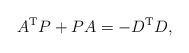
\begin{align*}A^{\mathrm{T}}P+PA=-D^{\mathrm{T}}D,\end{align*}